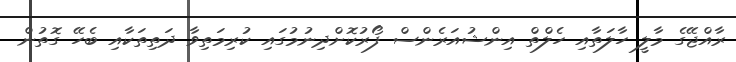
ރާއްޖޭގެ މާލީ ހާލަތާއި ހެލްތް އިންޝުއަރެންސް ފޯރުކޮށްދިނުމުގައި ކުރިމަތިވާ ދަތިތަކާއި ބެހޭ ގޮތުން